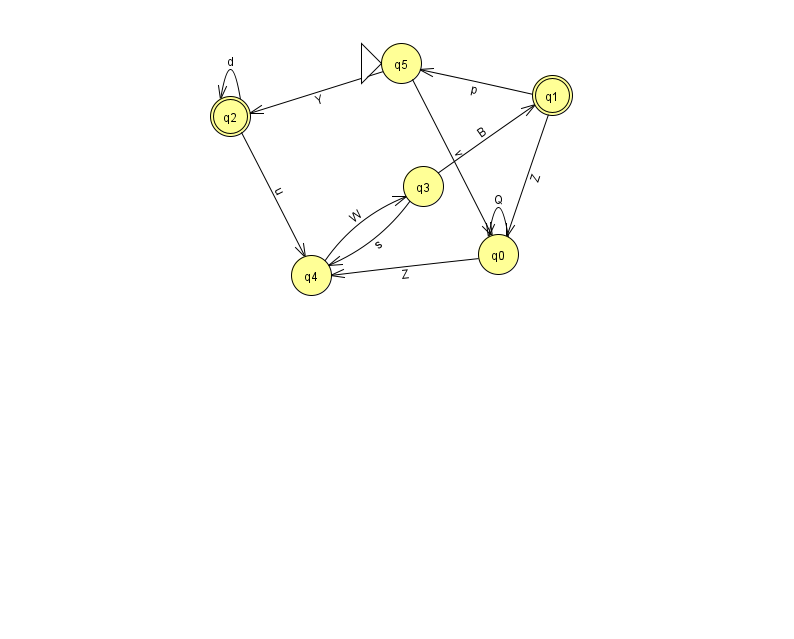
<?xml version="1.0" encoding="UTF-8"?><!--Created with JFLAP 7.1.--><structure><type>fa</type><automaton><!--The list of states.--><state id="0" name="q0"><x>498.0</x><y>241.0</y></state><state id="1" name="q1"><x>552.0</x><y>82.0</y><final/></state><state id="2" name="q2"><x>230.0</x><y>103.0</y><final/></state><state id="3" name="q3"><x>423.0</x><y>173.0</y></state><state id="4" name="q4"><x>311.0</x><y>262.0</y></state><state id="5" name="q5"><x>401.0</x><y>50.0</y><initial/></state><!--The list of transitions.--><transition><from>0</from><to>0</to><read>Q</read></transition><transition><from>1</from><to>5</to><read>p</read></transition><transition><from>5</from><to>0</to><read>v</read></transition><transition><from>5</from><to>2</to><read>Y</read></transition><transition><from>2</from><to>2</to><read>d</read></transition><transition><from>3</from><to>1</to><read>B</read></transition><transition><from>3</from><to>4</to><read>s</read></transition><transition><from>1</from><to>0</to><read>Z</read></transition><transition><from>4</from><to>3</to><read>W</read></transition><transition><from>0</from><to>4</to><read>Z</read></transition><transition><from>2</from><to>4</to><read>u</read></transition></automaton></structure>